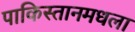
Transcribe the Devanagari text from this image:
पाकिस्तानमधला